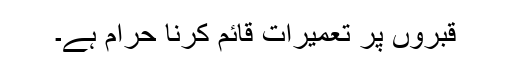
قبروں پر تعمیرات قائم کرنا حرام ہے۔